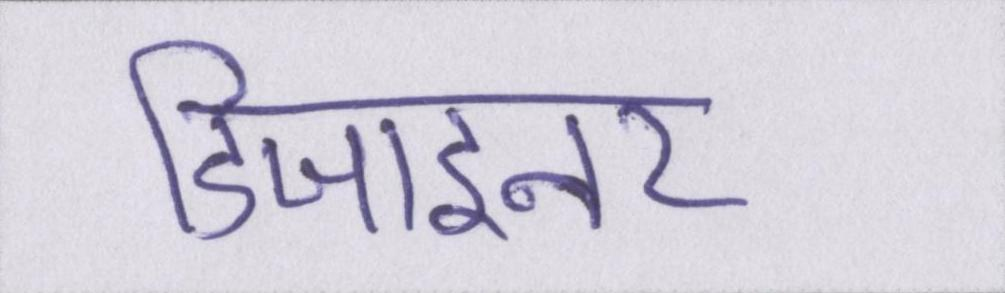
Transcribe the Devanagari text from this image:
डिजाइनर